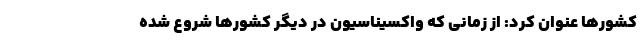
کشورها عنوان کرد: از زمانی که واکسیناسیون در دیگر کشورها شروع شده